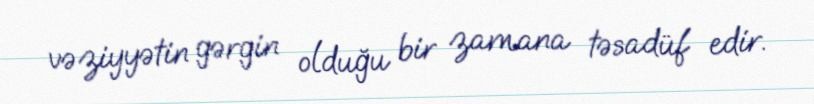
vəziyyətin gərgin olduğu bir zamana təsadüf edir.